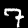
Label: 7